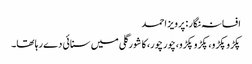
افسانہ نگار : پرویز احمد
پکڑو پکڑو، پکڑو پکڑو،چور چور، کا شورگلی میں سنائی دے رہا تھا۔